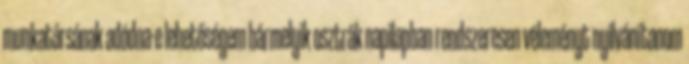
munkatársának adódna-e lehetőségem bármelyik osztrák napilapban rendszeresen véleményt nyilvánítanom